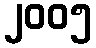
၂၀၀၅